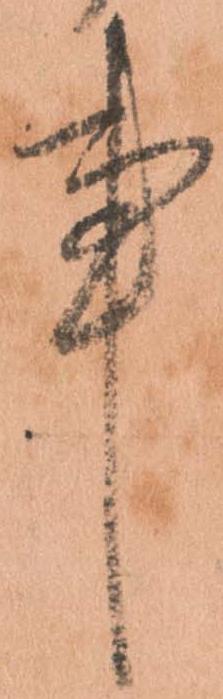
事